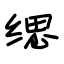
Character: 缌